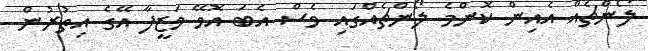
ލޯންޗެއް އެއިން ކޮންމެ ލޯންޗެއްގައި ވެސް އެބަ އޮވޭ ވަޒީފާ އޭގެ އިތުރުން